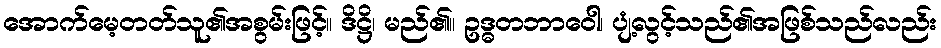
အောက်မေ့တတ်သူ၏အစွမ်းဖြင့်။ ဒိဋ္ဌိ၊ မည်၏။ ဥဒ္ဓတဘာဝေါ၊ ပျံ့လွင့်သည်၏အဖြစ်သည်လည်း